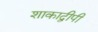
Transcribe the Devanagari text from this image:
शाकाद्वीपी